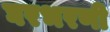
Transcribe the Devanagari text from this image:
घरभरणी